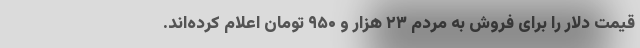
قیمت دلار را برای فروش به مردم ۲۳ هزار و ۹۵۰ تومان اعلام کرده‌اند.